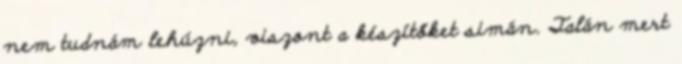
nem tudnám lehúzni, viszont a készítőket simán. Talán mert